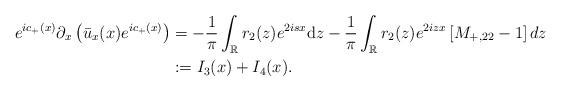
LaTeX: \begin{align*}e^{ic_+(x)} \partial_{x}\left(\bar{u}_x(x) e^{ic_+(x)}\right)&=-\frac{1}{\pi} \int_{\mathbb{R}} r_2(z) e^{2isx}\mathrm{d} z-\frac{1}{\pi} \int_{\mathbb{R}} r_2(z) e^{2 iz x}\left[M_{+,22} -1\right] dz\\&:=I_3(x)+I_4(x).\end{align*}